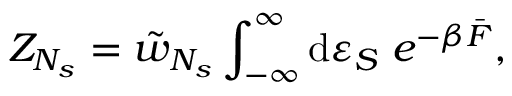
Z _ { N _ { s } } = \tilde { w } _ { N _ { s } } \int _ { - \infty } ^ { \infty } { \mathrm { d } \varepsilon _ { S } \; e ^ { - \beta \bar { F } } } ,